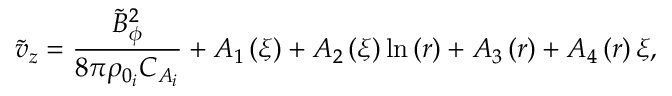
\tilde { v } _ { z } = \frac { \tilde { B } _ { \phi } ^ { 2 } } { 8 \pi \rho _ { 0 _ { i } } C _ { A _ { i } } } + A _ { 1 } \left( \xi \right) + A _ { 2 } \left( \xi \right) \ln \left( r \right) + A _ { 3 } \left( r \right) + A _ { 4 } \left( r \right) \xi ,